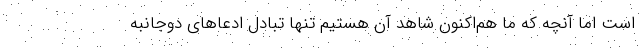
است اما آنچه که ما هم‌اکنون شاهد آن هستیم تنها تبادل ادعاهای دوجانبه